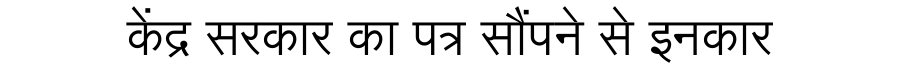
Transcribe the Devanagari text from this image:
केंद्र सरकार का पत्र सौंपने से इनकार